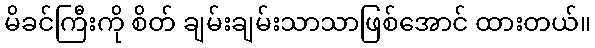
မိခင်ကြီးကို စိတ် ချမ်းချမ်းသာသာဖြစ်အောင် ထားတယ်။